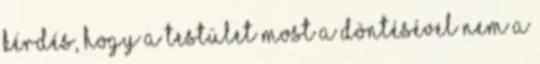
kérdés, hogy a testület most a döntésével nem a